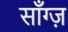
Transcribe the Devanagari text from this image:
साँग्ज़